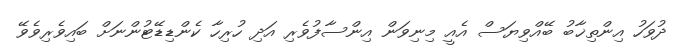
ދުވަހު އިންތިޚާބު ބޭއްވިޔަސް އެއީ މިނިވަން އިންސާފުވެރި އަދި ހުރިހާ ކެންޑިޑޭޓުންނަށް ބައިވެރިވެވޭ